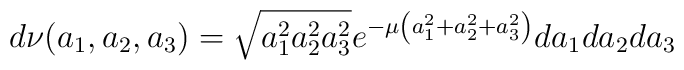
d\nu (a_1,a_2,a_3)=\sqrt{a_1^2a_2^2a_3^2}e^{-\mu \left(a_1^2+a_2^2+a_3^2\right) }da_1da_2da_3